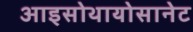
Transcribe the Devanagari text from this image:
आइसोथायोसानेट